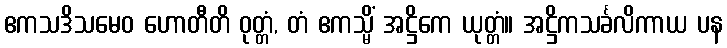
ဧကသဒိသမေဝ ဟောတီတိ ဝုတ္တံ, တံ ဧကသ္မိံ အဋ္ဌိကေ ယုတ္တံ။ အဋ္ဌိကသင်္ခလိကာယ ပန